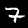
Digit: 7